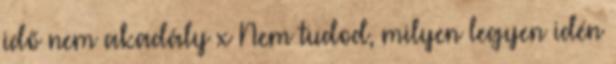
idő nem akadály x Nem tudod, milyen legyen idén